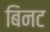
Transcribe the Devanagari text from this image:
बिनट